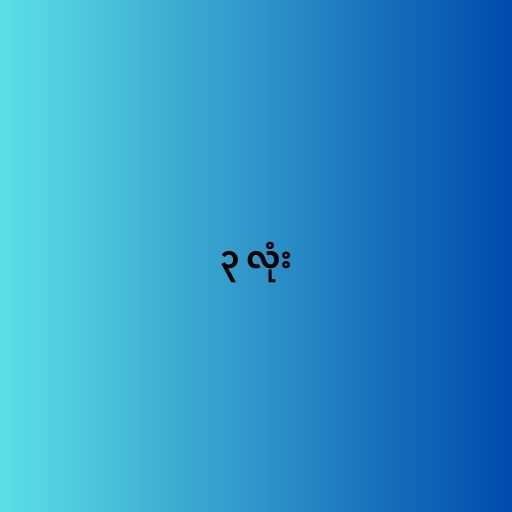
၃ လုံး